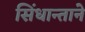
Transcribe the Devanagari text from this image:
सिंधान्ताने